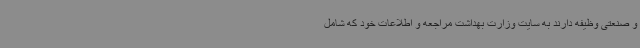
و صنعتی وظیفه دارند به سایت وزارت بهداشت مراجعه و اطلاعات خود که شامل